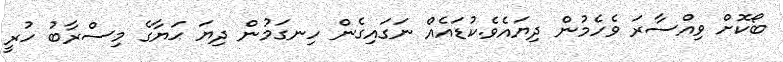
ބޯކޮށް ވިއްސާރަ ވެހެމުން ދިޔައެވެ.ކުޑައެއް ނަގައިގެން ހިނގަމުން ދިޔަ ޙަޔާގެ މިސްރާބު ހުރީ